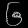
Digit: ၆